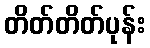
တိတ်တိတ်ပုန်း